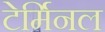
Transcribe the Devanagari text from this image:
टेर्मिनल